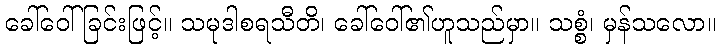
ခေါ်ဝေါ်ခြင်းဖြင့်။ သမုဒါစရသီတိ၊ ခေါ်ဝေါ်၏ဟူသည်မှာ။ သစ္စံ၊ မှန်သလော။